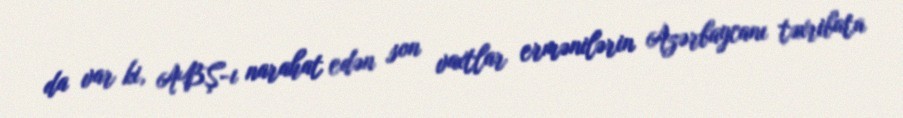
da var ki, ABŞ-ı narahat edən son vaxtlar ermənilərin Azərbaycanı təxribata